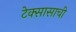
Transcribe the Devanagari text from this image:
टेक्सासाची